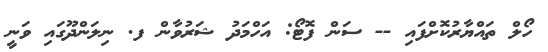
ހޯލް ތައްޔާރުކޮށްފައި -- ސަން ފޮޓޯ: އަހްމަދު ޝަރުވާން ފ. ނިލަންދޫގައި ވަނީ